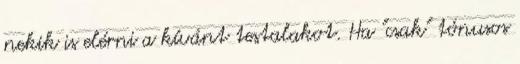
nekik is elérni a kívánt testalakot. Ha "csak" tónusos